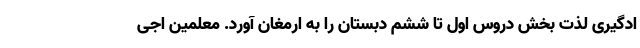
ادگیری لذت بخش دروس اول تا ششم دبستان را به ارمغان آورد. معلمین اجی